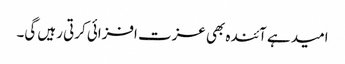
امید ہے آئندہ بھی عزت افزائی کرتی رہیں گی۔